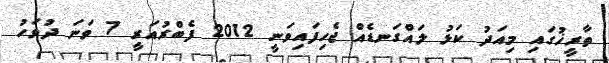
ތާރީޚުގައި މިއަދު ކަޅު ލައްގަނޑެއް ޖެހިފައިވަނީ 2012 ފެބްރުއަރީ 7 ވަނަ ދުވަހު